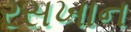
રસખાન